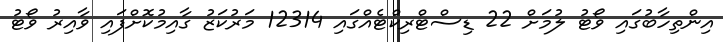
އިންތިހާބުގައި ވޯޓު ލުމަށް 22 ޑިސްޓްރިކްޓެއްގައި 12314 މަރުކަޒު ގާއިމުކޮށްފައި ވާއިރު ވޯޓު